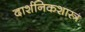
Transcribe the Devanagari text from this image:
दार्शनिकशास्त्र